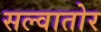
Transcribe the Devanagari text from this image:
सल्वातोर